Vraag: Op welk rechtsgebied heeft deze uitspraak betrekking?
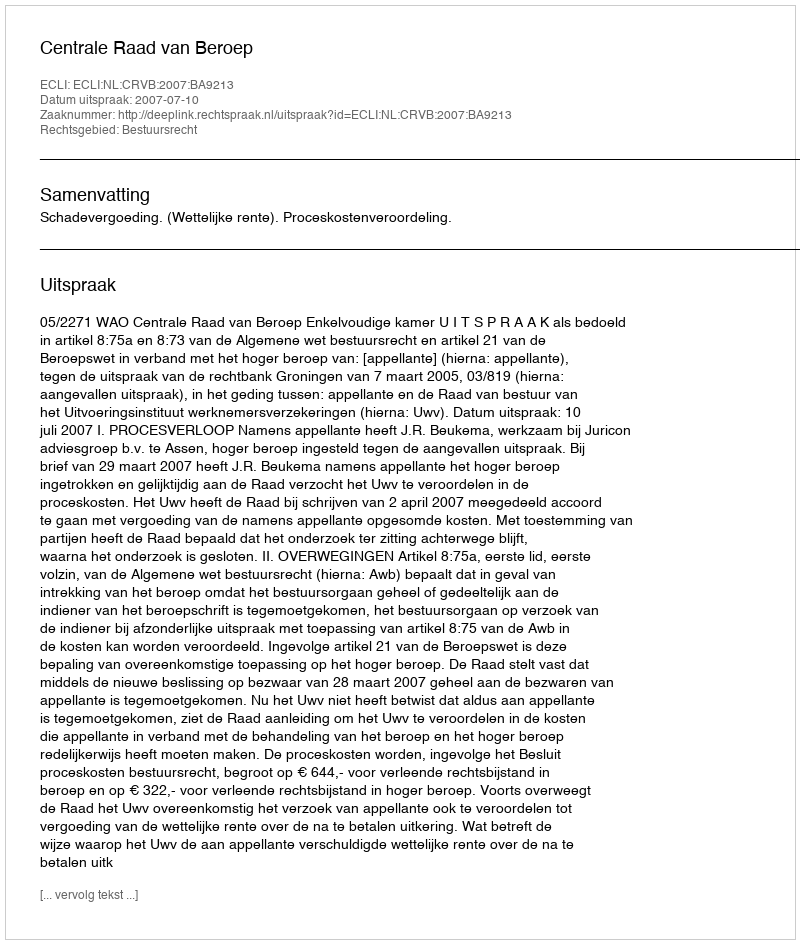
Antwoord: Bestuursrecht